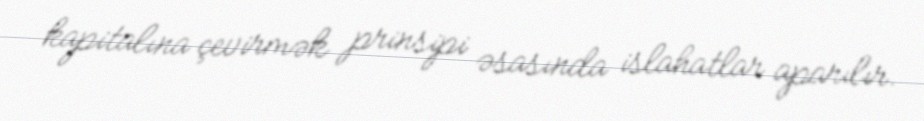
kapitalına çevirmək prinsipi əsasında islahatlar aparılır.